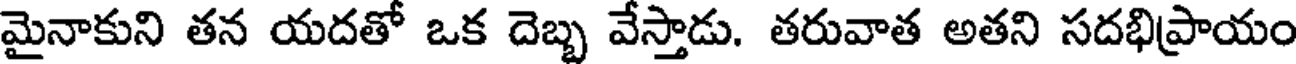
మైనాకుని తన యదతో ఒక దెబ్బ వేస్తాడు. తరువాత అతని సదభిప్రాయం